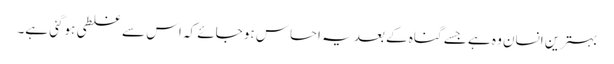
بہترین انسان وہ ہے جسے گناہ کے بعد یہ احساس ہو جائے کہ اس سے غلطی ہوگئی ہے۔